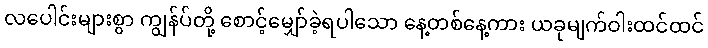
လပေါင်းများစွာ ကျွန်ပ်တို့ စောင့်မျှော်ခဲ့ရပါသော နေ့တစ်နေ့ကား ယခုမျက်ဝါးထင်ထင်